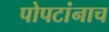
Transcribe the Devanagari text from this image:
पोपटांनाच